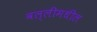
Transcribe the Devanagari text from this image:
वल्लीमधील